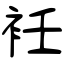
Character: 衽